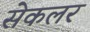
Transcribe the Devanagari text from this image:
सेकलर